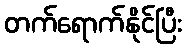
တက်ရောက်နိုင်ပြီး